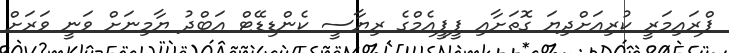
ޕްރައިމަރީ ކުރިއަށްދިޔަ ގޮތަށާއި ޕީޕީއެމްގެ ރިޔާސީ ކެންޑިޑޭޓް އަބްދު ޔާމިނަށް ވަނީ ވަރަށް